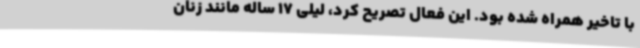
با تاخیر همراه شده بود. این فعال تصریح کرد، لیلی 17 ساله مانند زنان